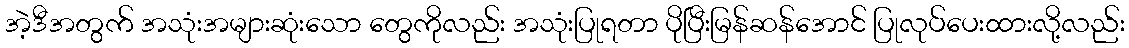
အဲ့ဒီအတွက် အသုံးအများဆုံးသော တွေကိုလည်း အသုံးပြုရတာ ပိုပြီးမြန်ဆန်အောင် ပြုလုပ်ပေးထားလို့လည်း